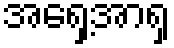
အရှေ့အာရှ